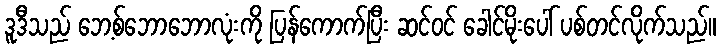
ဒူဒီသည် ဘေ့စ်ဘောဘောလုံးကို ပြန်ကောက်ပြီး ဆင်ဝင် ခေါင်မိုးပေါ် ပစ်တင်လိုက်သည်။